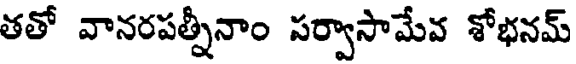
తతో వానరపత్నీనాం సర్వాసామేవ శోభనమ్